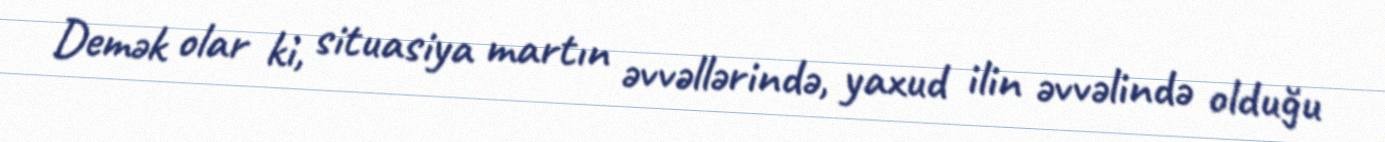
Demək olar ki, situasiya martın əvvəllərində, yaxud ilin əvvəlində olduğu